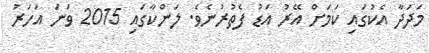
މަދަދާ އެކުގައި ކަމަށް އޭރު އަޑު ފެތުރުނެވެ. ލަންކާގައި 2015 ވަނަ އަހަރު